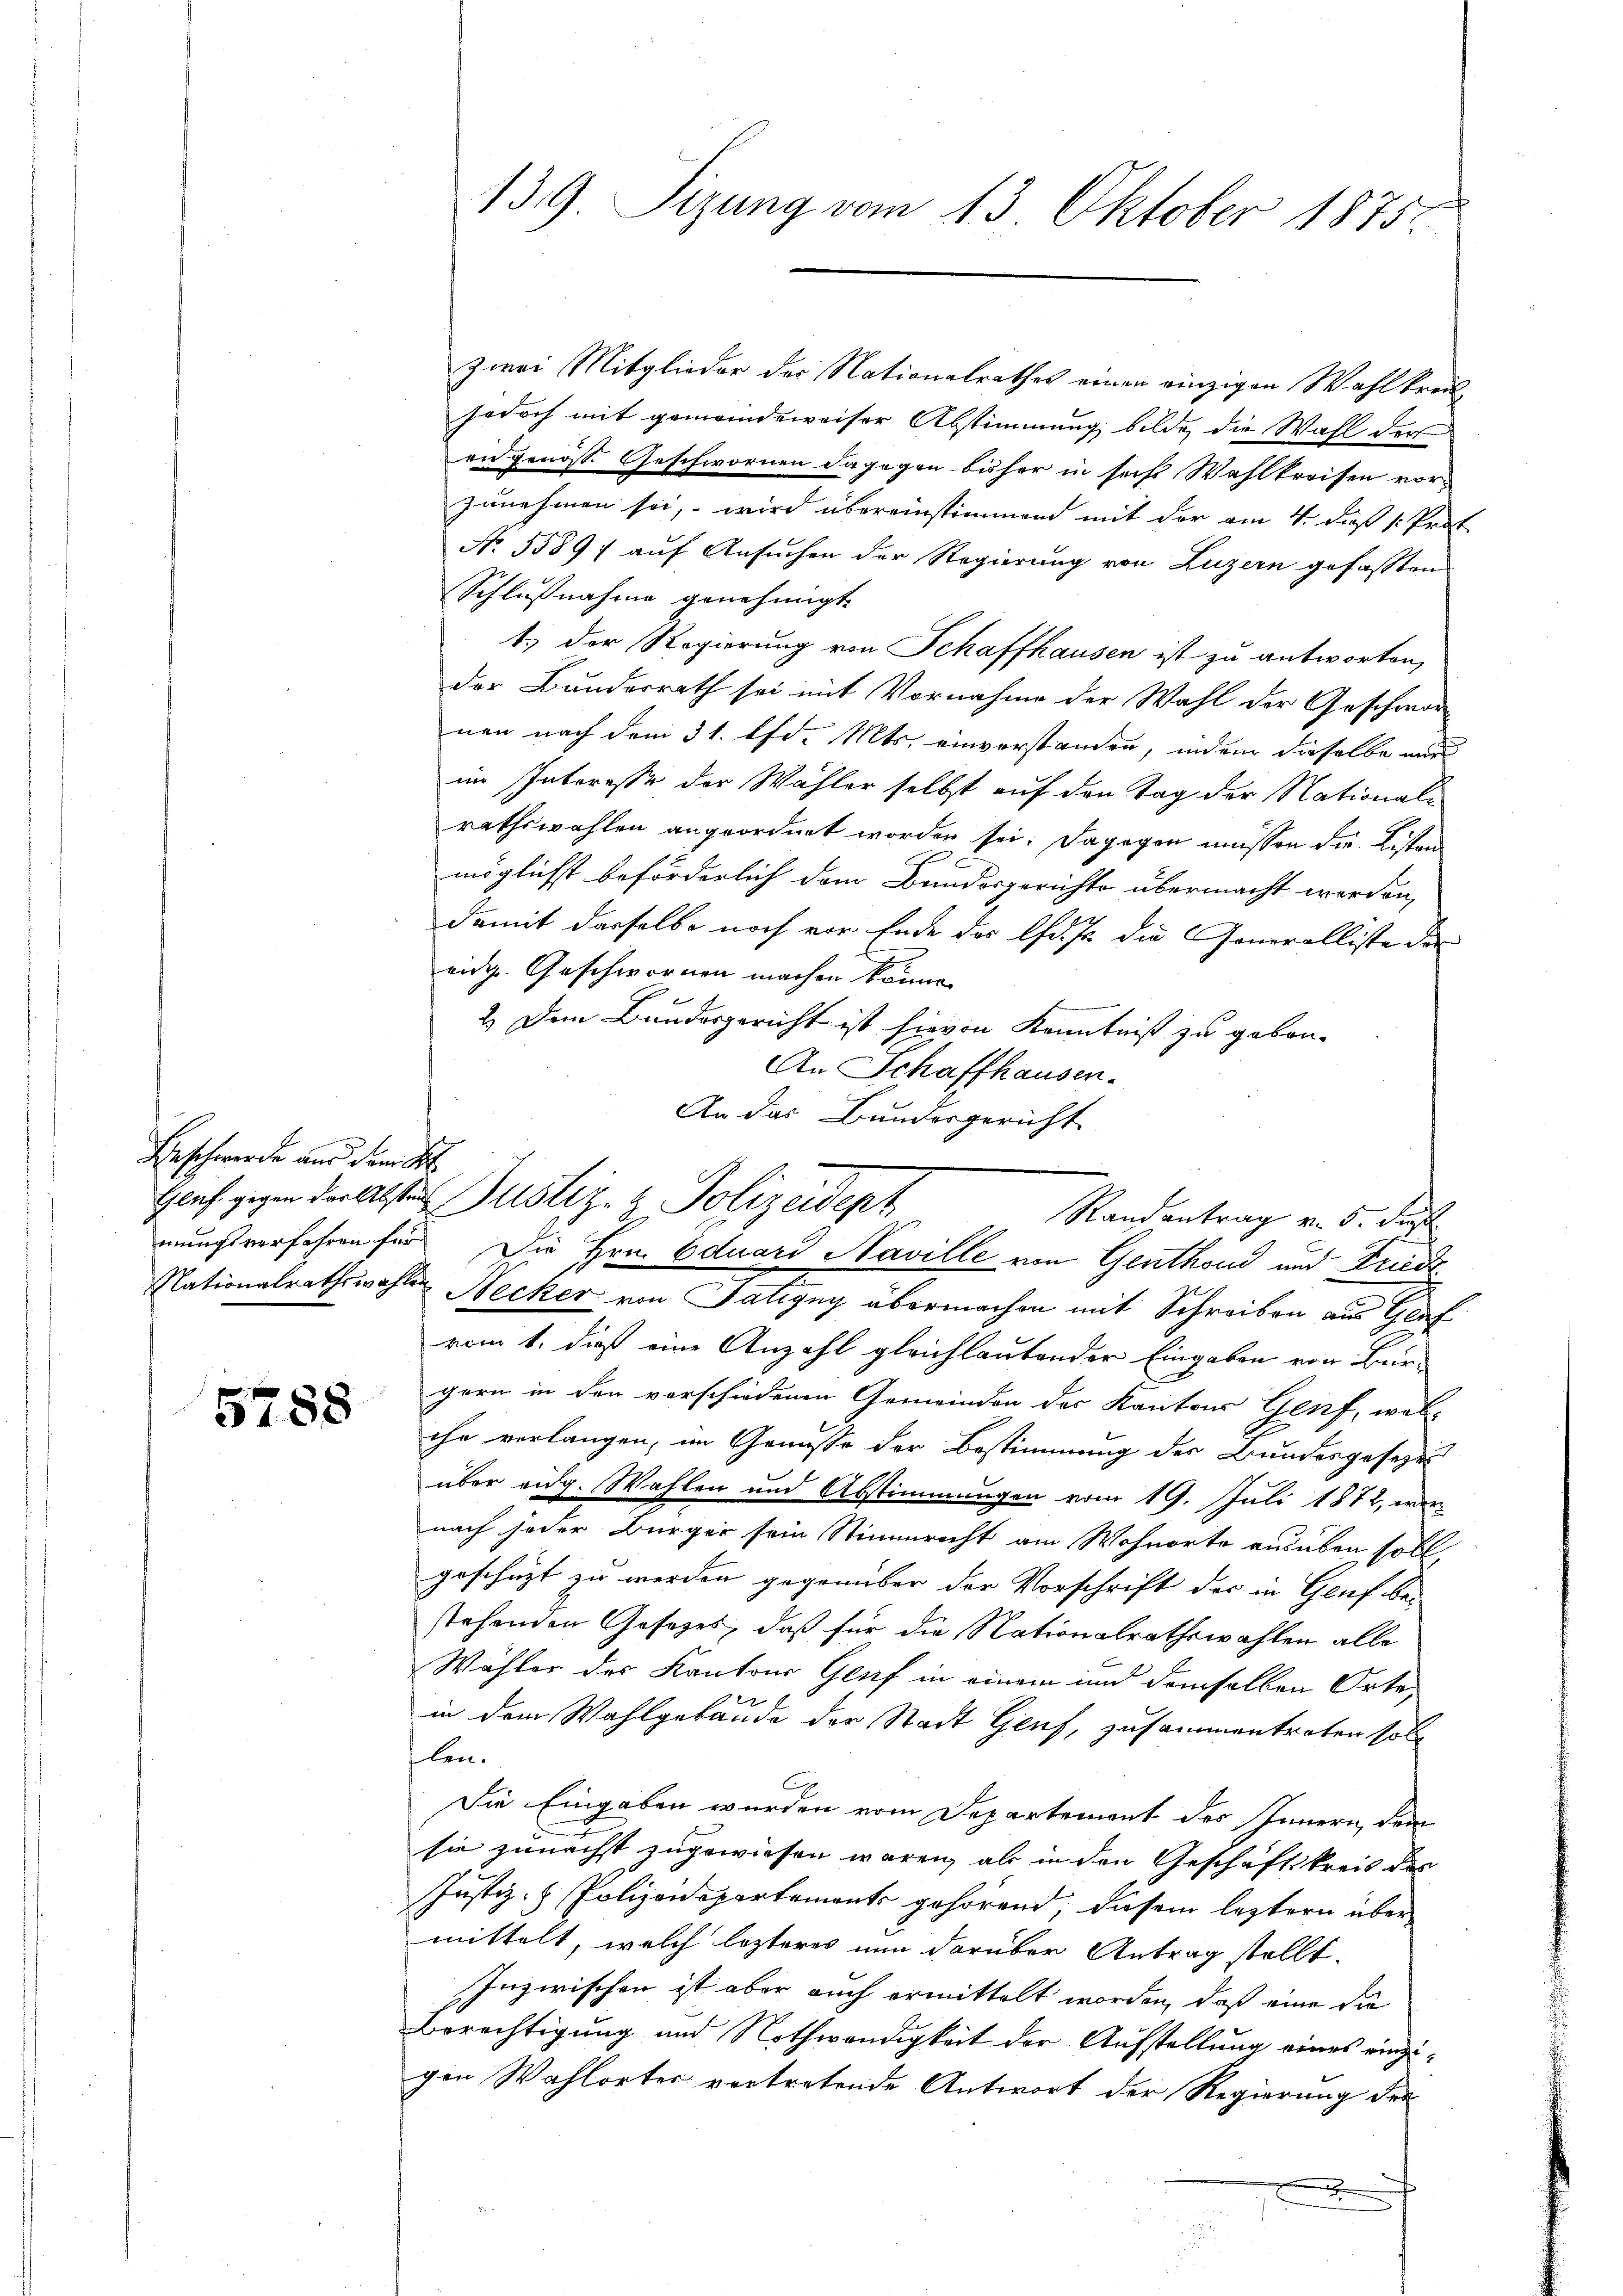
Beschwerde aus dem St.

5788

zwei Mitglieder der Nationalrathes einen einzigen Wahlkreisjodoch mit gemeindeweiser Abstimmung bilde, die Wahl der
eidgenosse Geschwornen dagegen bisher in sech Wahlkreisen vor-
zunehmen sei, wird übereinstimmend mit der am 4. daß 1. Prot
No. 55897 auf Ansuchen der Regierung von Luzern gefassen
Schlußnahme genehmigt.
1.) Der Regierung von Schaffhausen ist zu antworten,
der Bundesrath sei mit Vornahme der Wahl der Geschwor-
nen nach dem 31. Ad. Mts. einverstanden, indem daselbe nur
im Interesse der Wahler selbst auf den Tag der National-
rathswahlen angeordnet worden sei; dagegen müssen die Listen
möglichst beförderlich dem Bundesgerichte übermacht worden,
damit dasselbe noch vor Ende des lfd. h. die Generolliste der
eidg. Geschwornen machen können
2.) Dem Bundesgericht ist hievon Kenntniß zu gebon-
An Schaffhausen.
An das Bundesgericht
mungsverfahren für Die Hrn. Eduard Naville von Genthond und Fried
Nationalrathswahlen Necker von Satigny übermachen mit Schreiben aus Graf
vom 1. dieß eine Anzahl gleichlautender Eingaben von Bürgern in den verschiedenen Gemeinden des Kantons Genf, welihe verlangen, im Genusse der Bestimmung des Bundesgesezes
über aug. Wahlen und Abstimmungen vom 19. Juli 1872, uner
nach jeder Bürger sein Stimmrecht am Wohnorte ausüben soll,
geschüzt zu werden gegenüber der Vorschrift der in Genf bestehenden Gesetzes, daß für die Nationalrathswahlen alle
Wähler des Kantons Genf in einem und demselben Orte,
7
in dem Wahlgebäude der Stadt Genf, zusammentreten soll
len.
Die Eingaben wurden vom Departement des Innern, den
sie zunächst zugewiesen wären, als in den Geschäftskreis des
Justiz- & Polizeidepartements gehörend, diesem leztern über
mittelt, welch lezteres nun darüber Antrag stellt.
Inzwischen ist aber auch ermittelt worden, daß eine die
Berechtigung und Nothwendigkeit der Aufstellung eines einzugen Wahlortes vertretende Antwort der Regierung des

5
.

139. Sizung vom 13. Oktober 1875.

Genf gegen der Absten Justiz- & Polizeidept

Randantrag v. 5. des